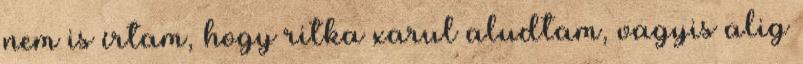
nem is írtam, hogy ritka xarul aludtam, vagyis alig